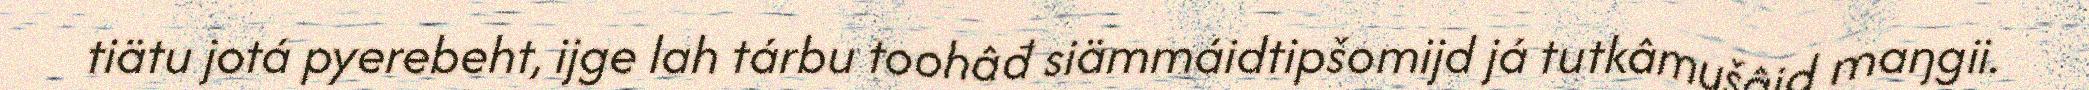
tiätu jotá pyerebeht, ijge lah tárbu toohâđ siämmáidtipšomijd já tutkâmušâid maŋgii.